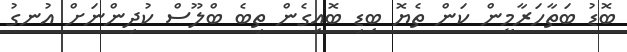
ބޮޑު ބަތާހަރާމީން ކަން ތެޔޮ ބިޑި ބޮއިގެން ތިބެ ބްލޫސް ކުދިންނަށް އުނގު